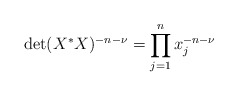
\begin{align*}\det(X^*X)^{-n - \nu} = \prod_{j=1}^n x_j^{-n-\nu} \end{align*}